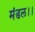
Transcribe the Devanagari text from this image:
मंडल।।